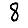
Digit: 8